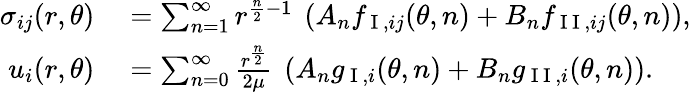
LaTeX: \begin{array}{rl}{\sigma_{ij}(r,\theta)}&{{}=\sum_{n=1}^{\infty}{r^{\frac{n}{2}-1}\ \left(A_{n}f_{\mathrm{~I~},ij}(\theta,n)+B_{n}f_{\mathrm{~I~I~},ij}(\theta,n)\right)},}\\ {u_{i}(r,\theta)}&{{}=\sum_{n=0}^{\infty}\frac{r^{\frac{n}{2}}}{2\mu}\ \left(A_{n}g_{\mathrm{~I~},i}(\theta,n)+B_{n}g_{\mathrm{~I~I~},i}(\theta,n)\right).}\end{array}